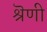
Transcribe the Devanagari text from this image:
श्रॆणी